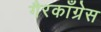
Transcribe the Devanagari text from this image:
गैरकाँग्रेस